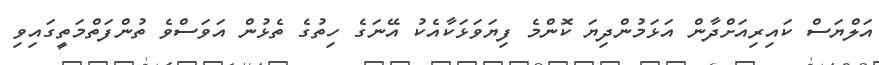
އަލްޔަސް ކައިރިއަށްދާން އަޅަމުންދިޔަ ކޮންމެ ފިޔަވަޅަކާއެކު އޭނަގެ ހިތުގެ ތެޅުން އަވަސްވެ ތުންފަތްމަތީގައިވި